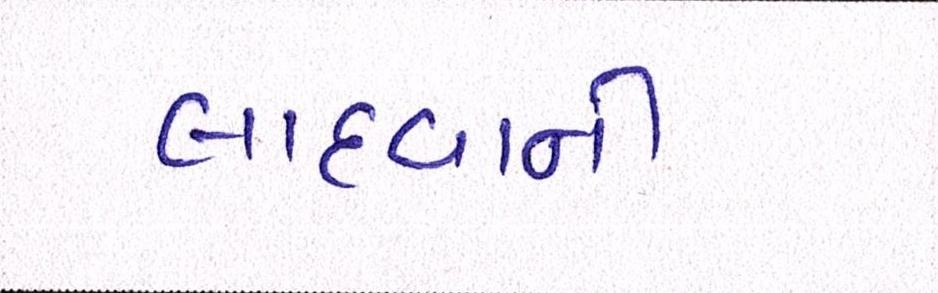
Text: લાદવાની